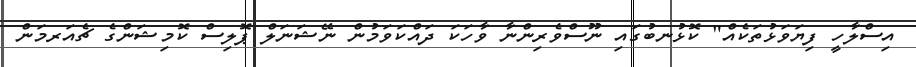
އިސްލާހީ ފިޔަވަޅުތަކެއް" ކޮޅުނބުގައި ނޫސްވެރިންނާ ވާހަކަ ދައްކަވަމުން ނޭޝަނަލް ޕޮލިސް ކޮމިޝަންގެ ޗެއަރމަން